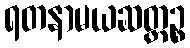
ရတနာမယဆတ္တဉ္စ